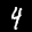
Label: 4